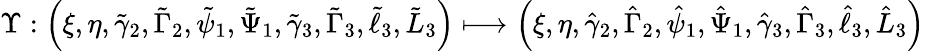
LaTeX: \Upsilon:\left(\xi,\eta,\tilde{\gamma}_{2},\tilde{\Gamma}_{2},\tilde{\psi}_{1},\tilde{\Psi}_{1},\tilde{\gamma}_{3},\tilde{\Gamma}_{3},\tilde{\ell}_{3},\tilde{L}_{3}\right)\longmapsto\left(\xi,\eta,\hat{\gamma}_{2},\hat{\Gamma}_{2},\hat{\psi}_{1},\hat{\Psi}_{1},\hat{\gamma}_{3},\hat{\Gamma}_{3},\hat{\ell}_{3},\hat{L}_{3}\right)